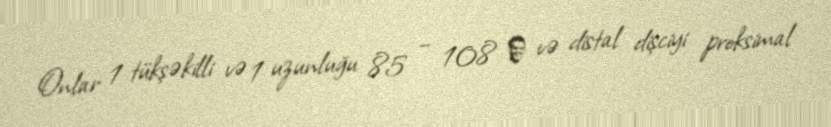
Onlar 1 tükşəkilli və 1 uzunluğu 85 – 108 μ və distal dişciyi proksimal